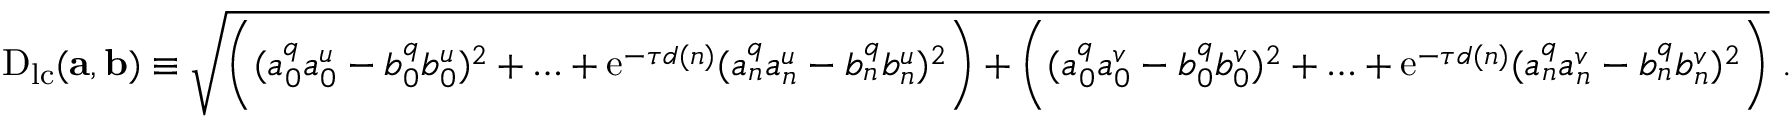
\begin{array} { r } { \mathrm { D } _ { \mathrm { l c } } ( \mathbf { a } , \mathbf { b } ) \equiv \sqrt { \biggl ( ( a _ { 0 } ^ { q } a _ { 0 } ^ { u } - b _ { 0 } ^ { q } b _ { 0 } ^ { u } ) ^ { 2 } + \ldots + \mathrm { e } ^ { - \tau d ( n ) } ( a _ { n } ^ { q } a _ { n } ^ { u } - b _ { n } ^ { q } b _ { n } ^ { u } ) ^ { 2 } \biggr ) + \biggl ( ( a _ { 0 } ^ { q } a _ { 0 } ^ { v } - b _ { 0 } ^ { q } b _ { 0 } ^ { v } ) ^ { 2 } + \ldots + \mathrm { e } ^ { - \tau d ( n ) } ( a _ { n } ^ { q } a _ { n } ^ { v } - b _ { n } ^ { q } b _ { n } ^ { v } ) ^ { 2 } \biggr ) } ~ . } \end{array}